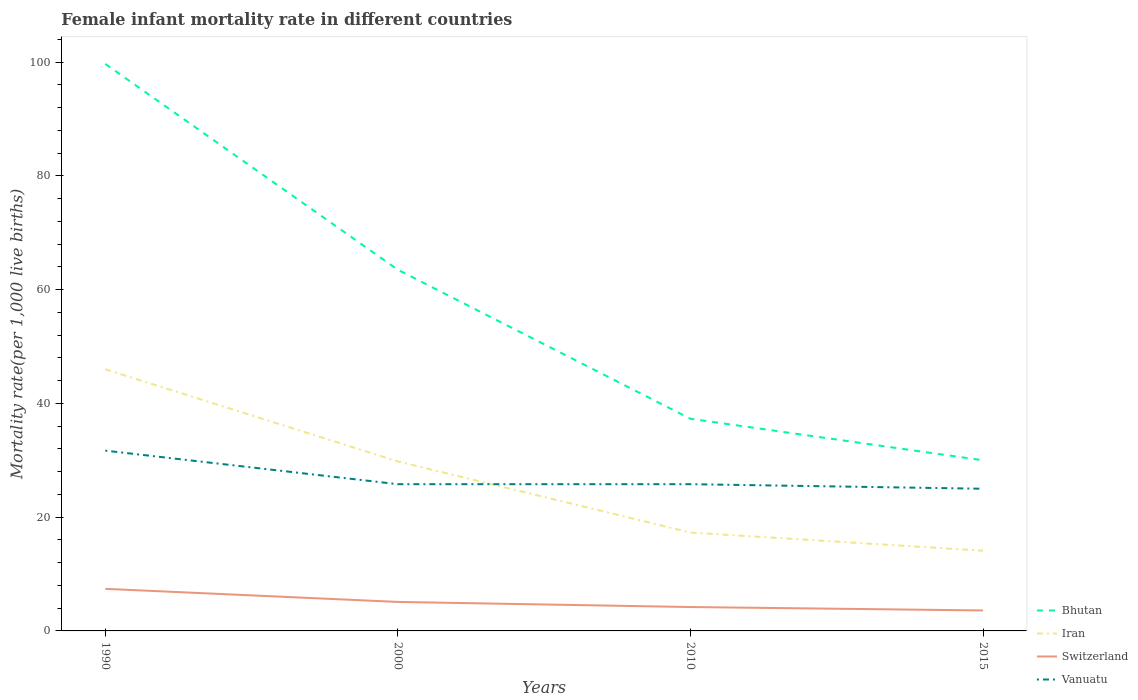
| Years | Bhutan | Iran | Switzerland | Vanuatu |
 | --- | --- | --- | --- | --- |
 | 1990 | 99.7 | 46 | 7.4 | 31.7 |
 | 2000 | 63.5 | 29.8 | 5.1 | 25.8 |
 | 2010 | 37.3 | 17.3 | 4.2 | 25.8 |
 | 2015 | 30 | 14.1 | 3.6 | 25 |